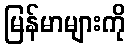
မြန်မာများကို